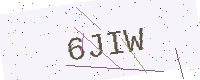
Text: 6JIW